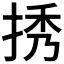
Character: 𢭆